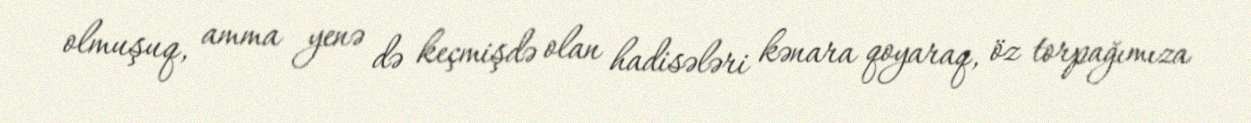
olmuşuq, amma yenə də keçmişdə olan hadisələri kənara qoyaraq, öz torpağımıza